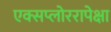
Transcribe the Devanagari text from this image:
एक्सप्लोररापेक्षा